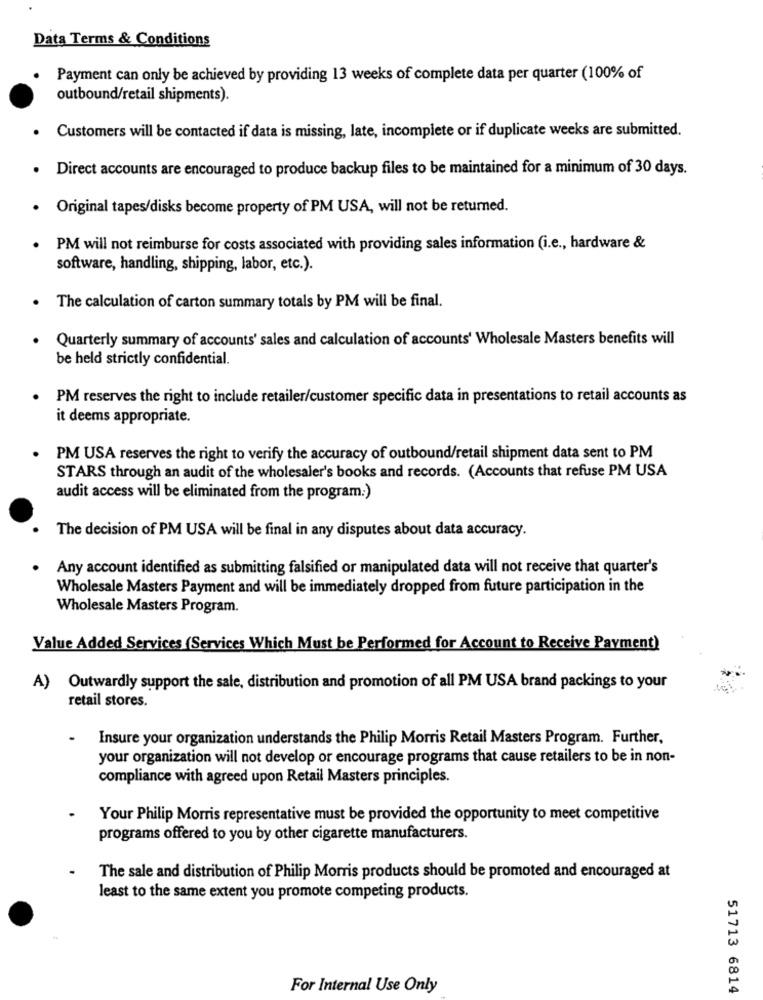
Data Terms & Conditions
Payment can only be achieved by providing 13 weeks of complete data per quarter (100% of
outbound/retail shipments).
Customers will be contacted if data is missing, late, incomplete or if duplicate weeks are submitted.
Direct accounts are encouraged to produce backup files to be maintained for a minimum of 30 days.
· Original tapes/disks become property of PM USA, will not be returned.
PM will not reimburse for costs associated with providing sales information (i.e ., hardware &
software, handling, shipping, labor, etc.).
The calculation of carton summary totals by PM will be final.
Quarterly summary of accounts' sales and calculation of accounts' Wholesale Masters benefits will
be held strictly confidential.
PM reserves the right to include retailer/customer specific data in presentations to retail accounts as
it deems appropriate.
PM USA reserves the right to verify the accuracy of outbound/retail shipment data sent to PM
STARS through an audit of the wholesaler's books and records. (Accounts that refuse PM USA
audit access will be eliminated from the program:)
The decision of PM USA will be final in any disputes about data accuracy.
Any account identified as submitting falsified or manipulated data will not receive that quarter's
Wholesale Masters Payment and will be immediately dropped from future participation in the
Wholesale Masters Program.
Value Added Services (Services Which Must be Performed for Account to Receive Payment)
A) Outwardly support the sale, distribution and promotion of all PM USA brand packings to your
retail stores.
Insure your organization understands the Philip Morris Retail Masters Program. Further,
your organization will not develop or encourage programs that cause retailers to be in non-
compliance with agreed upon Retail Masters principles.
Your Philip Morris representative must be provided the opportunity to meet competitive
programs offered to you by other cigarette manufacturers.
The sale and distribution of Philip Morris products should be promoted and encouraged at
least to the same extent you promote competing products.
For Internal Use Only
51713 6814